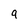
Character: 9